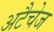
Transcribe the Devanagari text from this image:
अटैचेज